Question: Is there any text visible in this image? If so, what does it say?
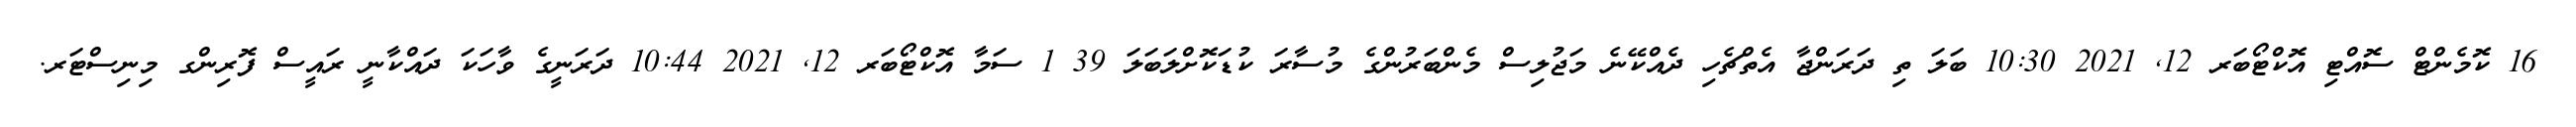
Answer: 16 ކޮމެންޓް ސޮއްޓި އޮކްޓޯބަރ 12, 2021 10:30 ބަލަ ތި ދަރަންޖާ އެތްޗެހި ދެއްކޭނެ މަޖުލިސް މެންބަރުންގެ މުސާރަ ކުޑަކޮށްލަބަލަ 39 1 ސަމާ އޮކްޓޯބަރ 12, 2021 10:44 ދަރަނީގެ ވާހަކަ ދައްކާނީ ރައީސް ފޮރިންގ މިނިސްޓަރ.